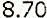
8.70